Leaving Certificate Examination (including Day School Certificate (Higher) General paper), 1929
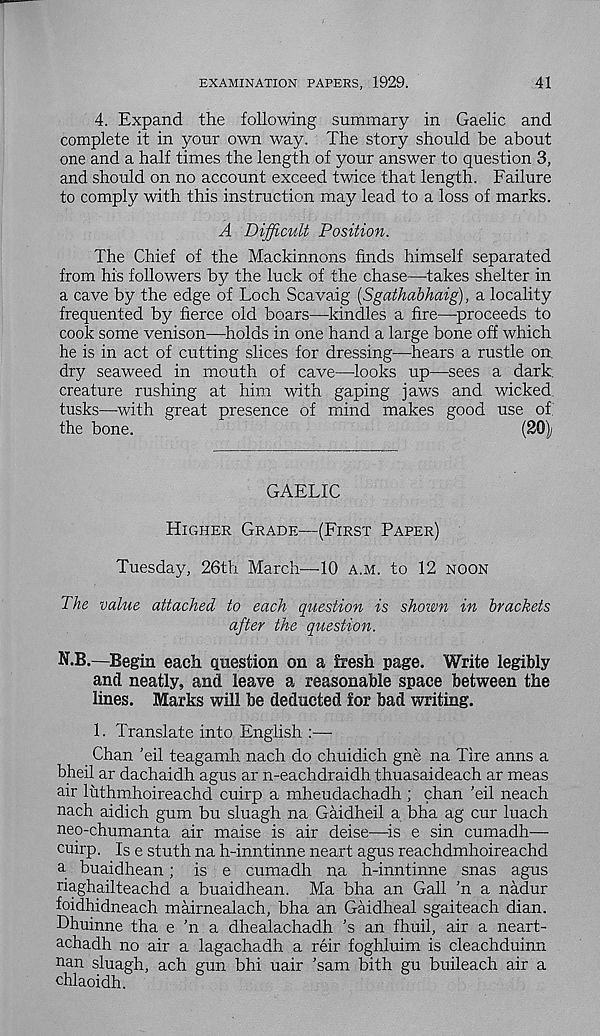
EXAMINATION PAPERS, 1929.
41
4. Expand the following summary in Gaelic and
complete it in your own way. The story should be about
one and a half times the length of your answer to question 3,
and should on no account exceed twice that length. Failure
to comply with this instruction may lead to a loss of marks.
A Difficult Position.
The Chief of the Mackinnons finds himself separated
from his followers by the luck of the chase—takes shelter in
a cave by the edge of Loch Scavaig (Sgathabhaig), a locality
frequented by fierce old boars—kindles a fire—proceeds to
cook some venison—holds in one hand a large bone off which
he is in act of cutting slices for dressing—hears a rustle on.
dry seaweed in mouth of cave—looks up—sees a dark,
creature rushing at him with gaping jaws and wicked,
tusks—-with great presence of mind makes good use of
the bone.
(20)
GAELIC
Higher Grade—(First Paper)
Tuesday, 26th March—10 a.m. to 12 noon
The value attached to each question is shown in brackets
after the question.
N.B.—Begin each question on a fresh page. Write legibly
and neatly, and leave a reasonable space between the
lines. Marks will be deducted for bad writing.
1. Translate into English :—
Chan ’eil teagamh nach do chuidich gne na Tire anns a
bheil ar dachaidh agus ar n-eachdraidh thuasaideach ar meas
air luthmhoireachd cuirp a mheudachadh ; chan ’eil neach
nach aidich gum bu sluagh na Gaidheil a bha ag cur luach
neq-chumanta air maise is air deise—is e sin cumadh—
cuirp. Is e stuth na h-inntinne neart agus reachdmhoireachd
a buaidhean; is e cumadh na h-inntinne snas agus
riaghailteachd a buaidhean. Ma bha an Gall ’n a nadur
foidhidneach mairnealach, bha an Gaidheal sgaiteach dian.
Dhuinne tha e ’n a dhealachadh ’s an fhuil, air a neart-
achadh no air a lagachadh a reir foghluim is cleachduinn
nan sluagh, ach gun bhi uair ’sam bith gu buileach air a
chlaoidh.